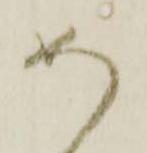
め